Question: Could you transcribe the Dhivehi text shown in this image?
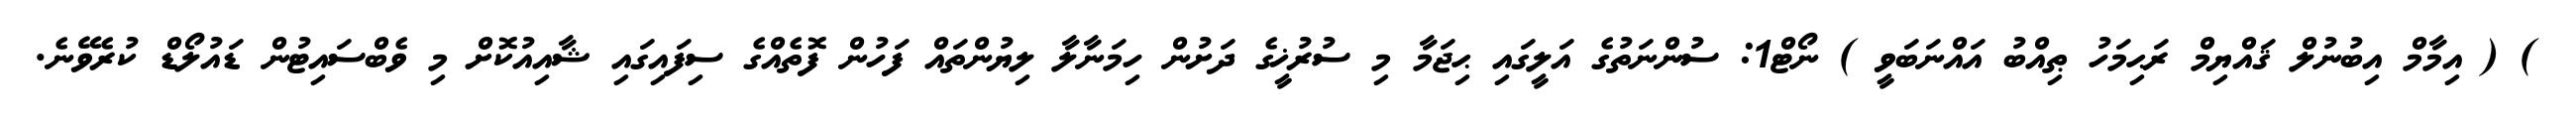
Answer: ) ( އިމާމް އިބުނުލް ޤައްޔިމް ރަޙިމަހު ޠިއްބު އައްނަބަވީ ) ނޯޓް1: ސުންނަތުގެ އަލީގައި ޙިޖަމާ މި ސުރުޚީގެ ދަށުން ހިމަނާލާ ލިޔުންތައް ފަހުން ފޮތެއްގެ ސިފައިގައި ޝާއިއުކޮށް މި ވެބްސައިޓުން ޑައުލޯޑް ކުރެވޭނެ.